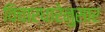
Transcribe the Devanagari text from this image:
विचारधारेनुसार